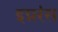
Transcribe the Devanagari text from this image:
इग्नरंस